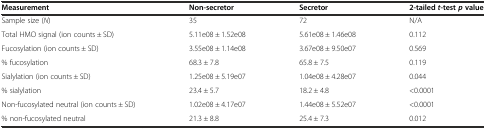
| Measurement | Non-secretor | Secretor | 2-tailedt-testpvalue |
 | --- | --- | --- | --- |
 | Sample size (N) | 35 | 72 | N/A |
 | Total HMO signal (ion counts ± SD) | 5.11e08 ± 1.52e08 | 5.61e08 ± 1.46e08 | 0.112 |
 | Fucosylation (ion counts ± SD) | 3.55e08 ± 1.14e08 | 3.67e08 ± 9.50e07 | 0.569 |
 | % fucosylation | 68.3 ± 7.8 | 65.8 ± 7.5 | 0.119 |
 | Sialylation (ion counts ± SD) | 1.25e08 ± 5.19e07 | 1.04e08 ± 4.28e07 | 0.044 |
 | % sialylation | 23.4 ± 5.7 | 18.2 ± 4.8 | <0.0001 |
 | Non-fucosylated neutral (ion counts ± SD) | 1.02e08 ± 4.17e07 | 1.44e08 ± 5.52e07 | <0.0001 |
 | % non-fucosylated neutral | 21.3 ± 8.8 | 25.4 ± 7.3 | 0.012 |